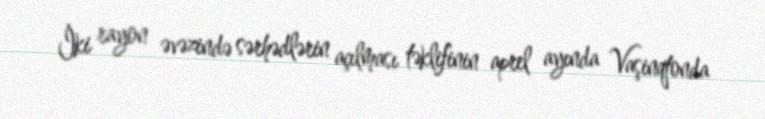
İki rayon əvəzində sərhədlərin açılması təklifinin aprel ayında Vaşinqtonda